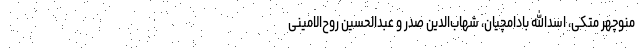
منوچهر متکی، اسدالله بادامچیان، شهاب‌الدین صدر و عبدالحسین روح‌الامینی